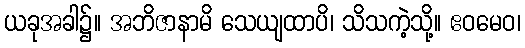
ယခုအခါ၌။ အဘိဇာနာမိ သေယျထာပိ၊ သိသကဲ့သို့။ ဧဝမေဝ၊